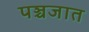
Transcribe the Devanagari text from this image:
पञ्चजात